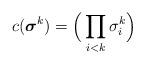
LaTeX: \begin{align*} c(\boldsymbol{\sigma}^k) = \Big(\prod_{i<k} \sigma^k_{i}\Big) \end{align*}